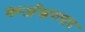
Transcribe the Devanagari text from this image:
कर्जस्वरुपात